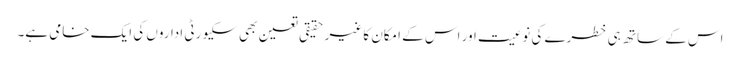
اس کے ساتھ ہی خطرے کی نوعیت اور اس کے امکان کا غیر حقیقی تعین بھی سکیورٹی اداروں کی ایک خامی ہے۔